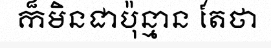
ក៏មិនជាប៉ុន្មាន តែថា